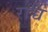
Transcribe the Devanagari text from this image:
राच्च